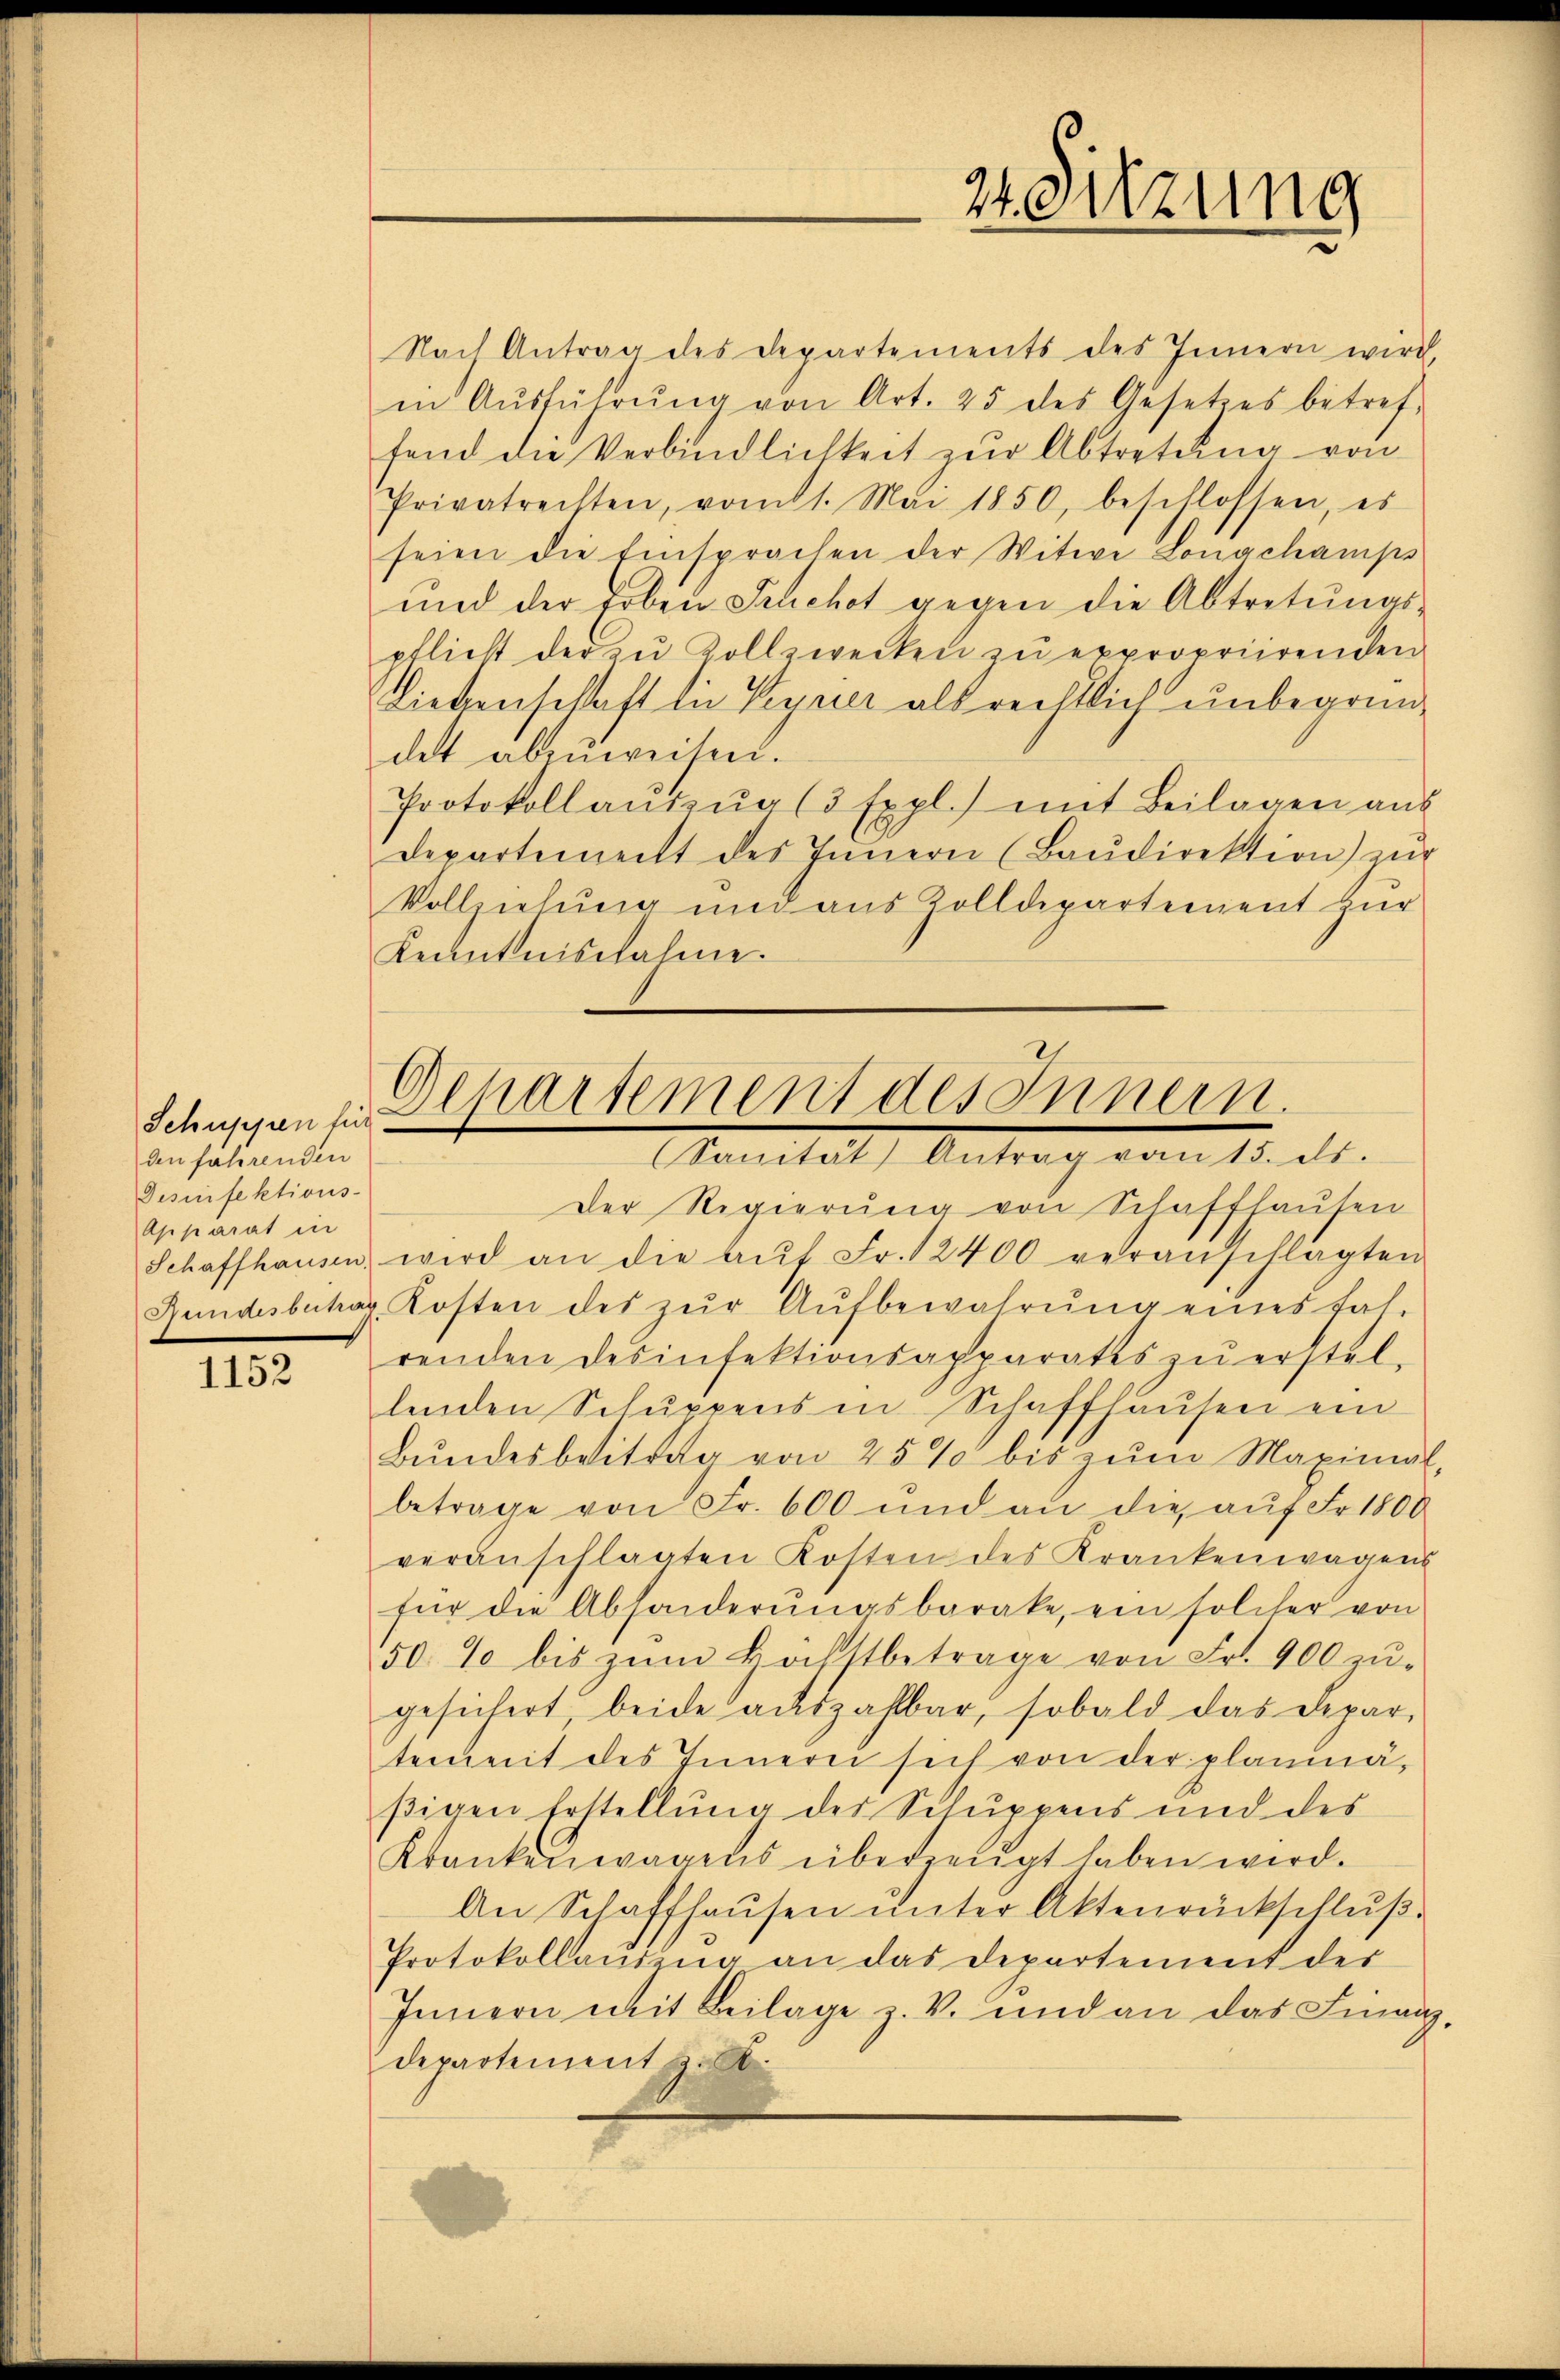
den fahrenden
Desinfektions-
Apparat in

1152

Nach Antrag des Departements des Innern wird,
in Aŭsführŭng von Art. 25 des Gesetzes betref-
fend die Verbindlichkeit zŭr Abtretŭng von
Privatrechten, vom 1. Mai 1850, beschlossen, es
seien die Einsprachen der Witwe Longchamps
und der Erben Fruchot gegen die Abtretŭngs-
pflicht der zu Zollzwecken zu expropriirenden
Liebenschaft die Verrier als rechtlich unbegründet abzuweisen.
Protokoll aŭszŭg (3 Expl.) mit Beilagen aus
departement des Innern (Baŭdirektion zŭr
Vollziehung und aus Zolldepartement zur
Kenntnisnahme.

Der Regierung von Schaffhausen
Schaffhausen wird an die aŭf Fr. 12400 veranschlagten
Rundesbetrag Kosten des zŭr Aŭfbewahrŭng eines fas-
renden Desinfektionsapparates zŭ erstel-
lenden Schŭppens in Schaffhaŭsen ein
Bŭndesbeitrag von 25% bis zŭm Maximal,
betrage von Fr. 600 und an die aŭf Fr. 1800
veranschlagten Kosten des Krankenwagens
für die Absonderŭngsbarake, ein solcher von
50 % bis zŭm Höchstbetrage von Fr. 900 zŭ-
gesichert beide aŭszahlbar, sobald das Depar-
tement des Innern sich von der planmäßigen Erstellung des Schuppens und des
Krankenwagens überzeugt haben wird.
An Schaffhausen ŭnter Aktenrückschluß
Protokollandung an das Departement der
Innern mit Beilage z. V. und an das Finanz,
departement u.

21. Sitzung

l
Schuppenzen Chartement des Innern.
Maital, Antrag vom 15. ds.